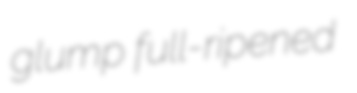
glump full-ripened